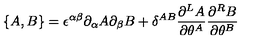
\{ A , B \} = \epsilon ^ { \alpha \beta } \partial _ { \alpha } A \partial _ { \beta } B + \delta ^ { A B } \frac { \partial ^ { L } A } { \partial \theta ^ { A } } \frac { \partial ^ { R } B } { \partial \theta ^ { B } }